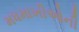
મધમાખીઓની